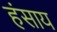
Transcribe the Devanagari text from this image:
हंसाय